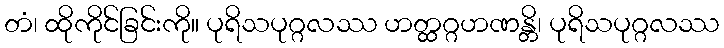
တံ၊ ထိုကိုင်ခြင်းကို။ ပုရိသပုဂ္ဂလဿ ဟတ္ထဂ္ဂဟဏန္တိ၊ ပုရိသပုဂ္ဂလဿ